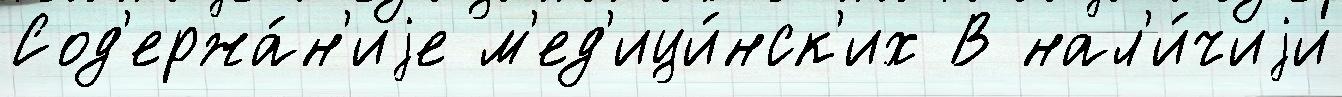
Сод'ержа́н'иjе м'ед'ици́нск'их В нал'и́чиjи